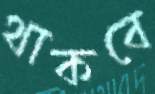
থাকবে